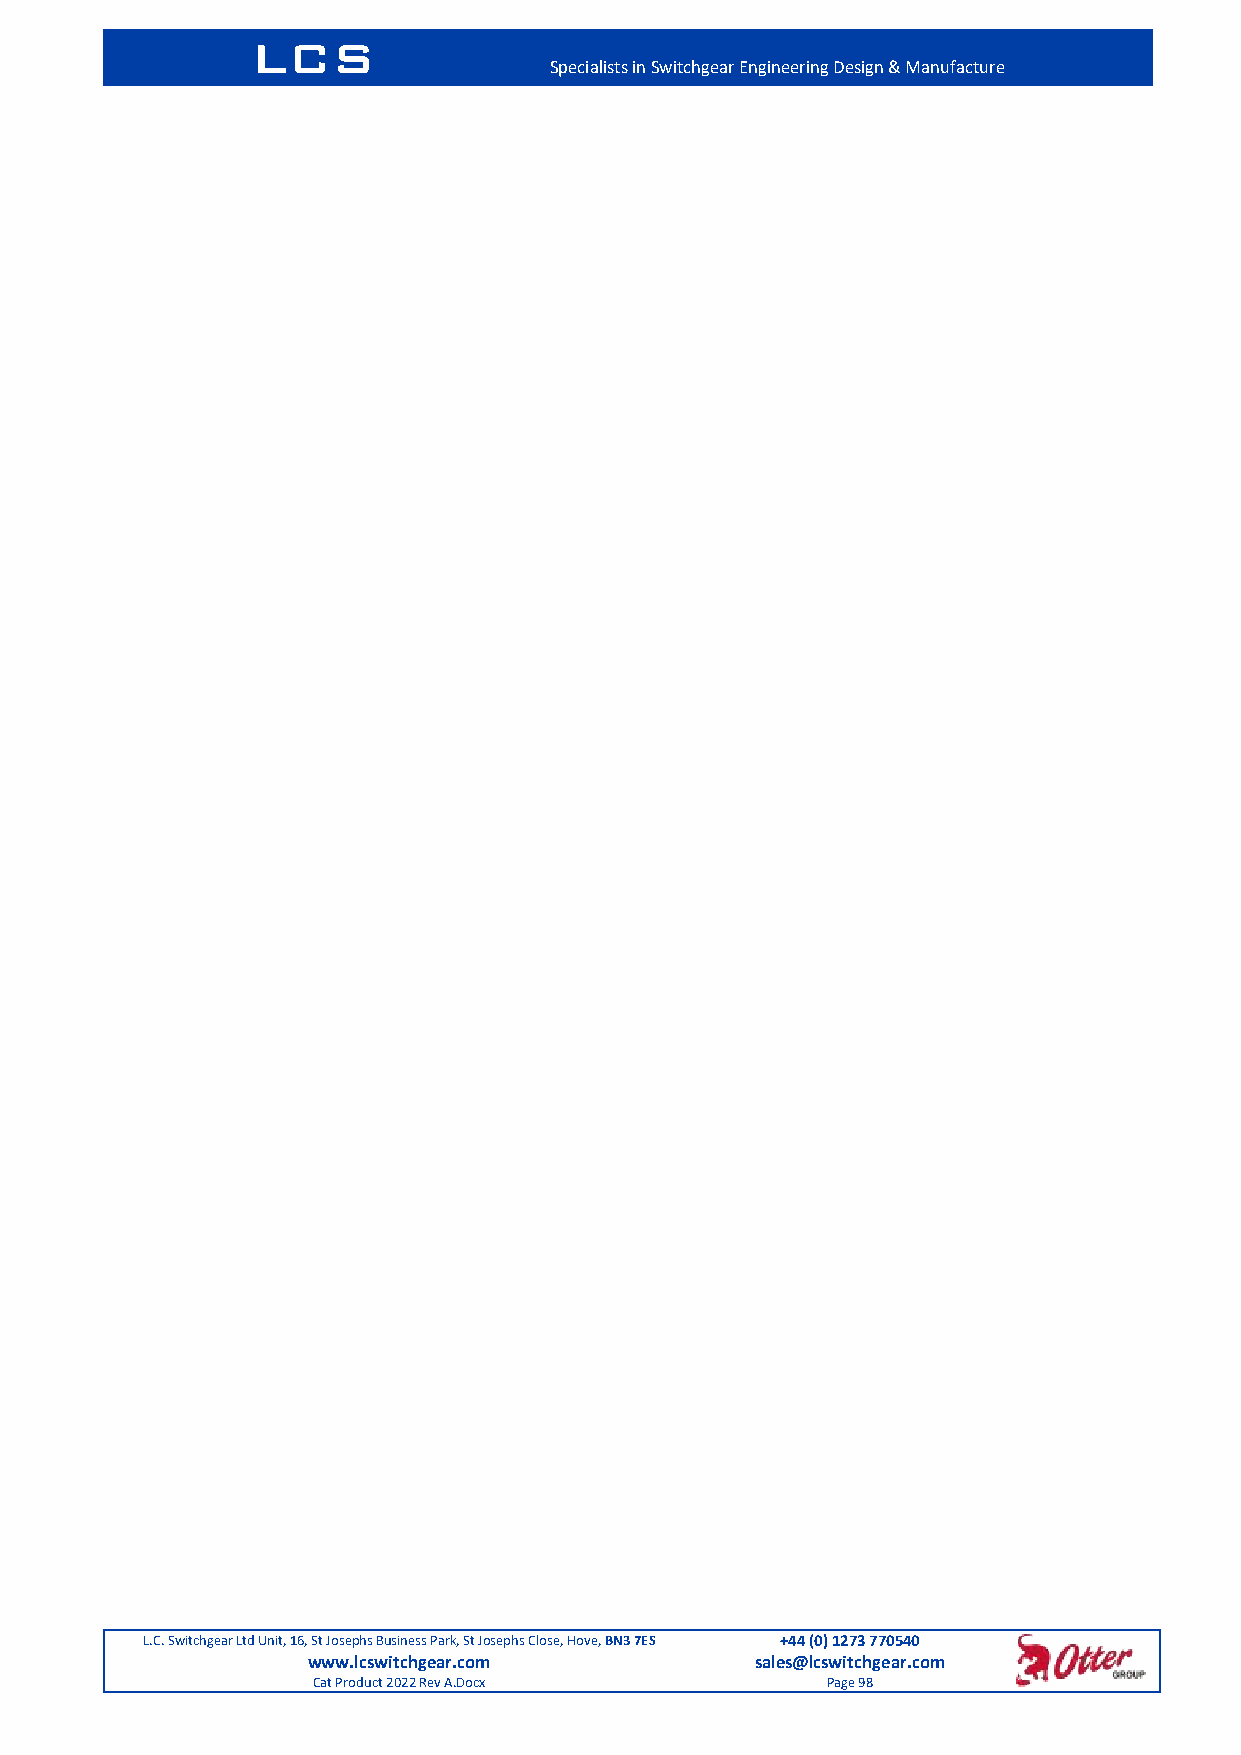
LCS
 Specialists in Switchgear Engineering Design & Manufacture
 L.C. Switchgear Ltd Unit, 16, St Josephs Business Park, St Josephs Close, Hove, BN3 7ES +44 (0) 1273 770540
 www.lcswitchgear.com          sales@lcswitchgear.com
 Cat Product 2022 Rev A.Docx       Page 98